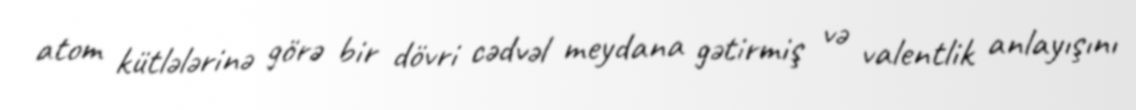
atom kütlələrinə görə bir dövri cədvəl meydana gətirmiş və valentlik anlayışını